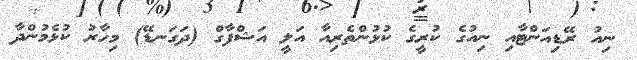
ނިއު ރޭޑިއަންޓާއި ނިއުގެ ކުރީގެ ކުޅުންތެރިއާ އަލީ އަޝްފާގް (ދަގަނޑޭ) މިހާރު ކުޅެމުންދާ